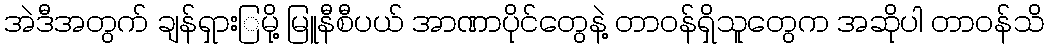
အဲဒီအတွက် ချန်ရှားြမို့ မြူနီစီပယ် အာဏာပိုင်တွေနဲ့ တာဝန်ရှိသူတွေက အဆိုပါ တာဝန်သိ